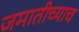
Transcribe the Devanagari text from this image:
जमातीच्याच